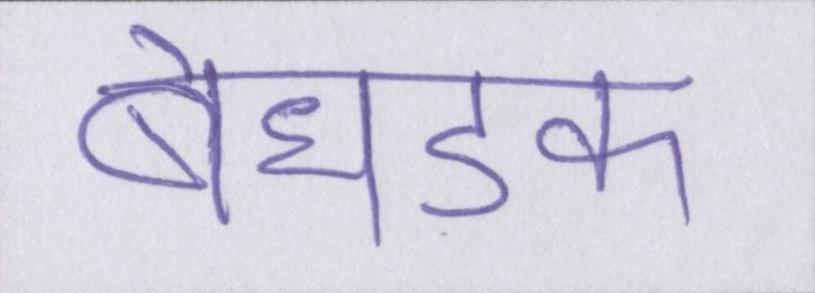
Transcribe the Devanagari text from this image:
बेधडक